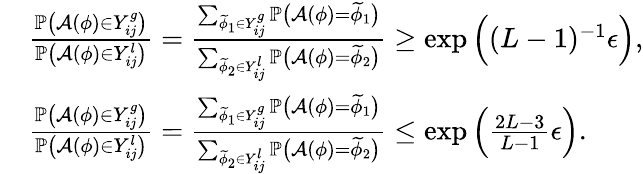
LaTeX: \begin{array}{rl}&{\frac{\mathbb{P}\big(\mathcal{A}(\phi)\in Y_{ij}^{g}\big)}{\mathbb{P}\big(\mathcal{A}(\phi)\in Y_{ij}^{l}\big)}=\frac{\sum_{\widetilde{\phi}_{1}\in Y_{ij}^{g}}\mathbb{P}\big(\mathcal{A}(\phi)=\widetilde{\phi}_{1}\big)}{\sum_{\widetilde{\phi}_{2}\in Y_{ij}^{l}}\mathbb{P}\big(\mathcal{A}(\phi)=\widetilde{\phi}_{2}\big)}\geq\exp\Big((L-1)^{-1}\epsilon\Big),}\\ &{\frac{\mathbb{P}\big(\mathcal{A}(\phi)\in Y_{ij}^{g}\big)}{\mathbb{P}\big(\mathcal{A}(\phi)\in Y_{ij}^{l}\big)}=\frac{\sum_{\widetilde{\phi}_{1}\in Y_{ij}^{g}}\mathbb{P}\big(\mathcal{A}(\phi)=\widetilde{\phi}_{1}\big)}{\sum_{\widetilde{\phi}_{2}\in Y_{ij}^{l}}\mathbb{P}\big(\mathcal{A}(\phi)=\widetilde{\phi}_{2}\big)}\leq\exp\Big(\frac{2L-3}{L-1}\epsilon\Big).}\end{array}